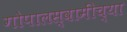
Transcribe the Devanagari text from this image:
गोपालस्वामींच्या